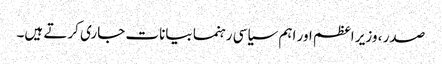
صدر ، وزیر اعظم اور اہم سیاسی رہنما بیانات جاری کرتے ہیں۔